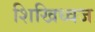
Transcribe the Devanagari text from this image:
शिखिध्वज